Indian journal of veterinary science and animal husbandry - Volumes 28-29, 1958-1959
Year: 1958
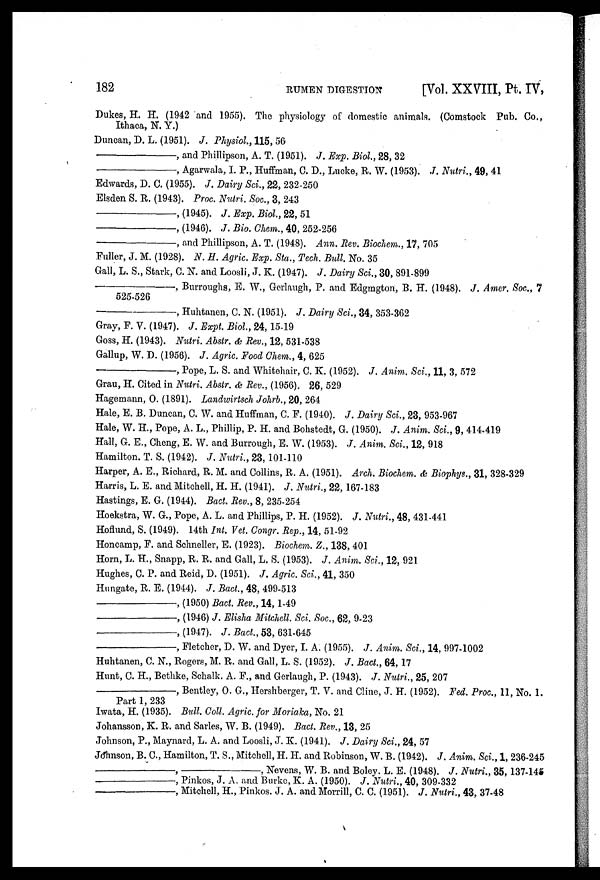
182
RUMEN DIGESTION
[Vol. XXVIII, Pt. IV,
Dukes, H. H. (1942 and 1955). The physiology of domestic animals. (Comstock Pub. Co.,
Ithaca, N. Y.)
Duncan, D. L. (1951). J. Physiol., 115, 56
—,
and Phillipson, A. T. (1951). J. Exp. Biol., 28, 32
—,
Agarwala, I. P., Huffman, C. D., Lucke, R. W. (1953). J. Nutri., 49, 41
Edwards, D. C. (1955). J. Dairy Sci., 22, 232-250
Elsden S. R. (1943). Proc. Nutri. Soc., 3, 243
—,
(1945). J. Exp. Biol., 22, 51
—,
(1946). J. Bio. Chem., 40, 252-256
—,
and Phillipson, A. T. (1948). Ann. Rev. Biochem., 17, 705
Fuller, J. M. (1928). N. H. Agric. Exp. Sta., Tech. Bull. No. 35
Gall, L. S., Stark, C. N. and Loosli, J. K. (1947). J. Dairy Sci., 30, 891-899
—,
Burroughs, E. W., Gerlaugh, P. and Edgmgton, B. H. (1948). J. Amer. Soc., 7
525-526
—,
Huhtanen, C. N. (1951). J. Dairy Sci., 34, 353-362
Gray, F. V. (1947). J. Expt. Biol., 24, 15-19
Goss, H. (1943). Nutri. Abstr. & Rev., 12, 531-538
Gallup, W. D. (1956). J. Agric. Food Chem., 4, 625
—,
Pope, L. S. and Whitehair, C. K. (1952). J. Anim. Sci., 11, 3, 572
Grau, H. Cited in Nutri. Abstr. & Rev., (1956). 26, 529
Hagemann, O. (1891). Landwirtsch Johrb., 20, 264
Hale, E. B. Duncan, C. W. and Huffman, C. F. (1940). J. Dairy Sci., 23, 953-967
Hale, W. H., Pope, A. L., Phillip, P. H. and Bohstedt, G. (1950). J. Anim. Sci., 9, 414.419
Hall, G. E., Cheng, E. W. and Burrough, E. W. (1953). J. Anim. Sci., 12, 918
Hamilton. T. S. (1942). J. Nutri., 23, 101-110
Harper, A. E., Richard, R. M. and Collins, R. A. (1951). Arch. Biochem. & Biophys., 31, 328-329
Harris, L. E. and Mitchell, H. H. (1941). J. Nutri., 22, 167-183
Hastings, E. G. (1944). Bact. Rev., 8, 235-254
Hoekstra, W. G., Pope, A. L. and Phillips, P. H. (1952). J. Nutri., 48, 431-441
Hoflund, S. (1949). 14th Int. Vet. Congr. Rep., 14, 51-92
Honcamp, F. and Schneller, E. (1923). Biochem. Z., 138, 401
Horn, L. H., Snapp, R. R. and Gall, L. S. (1953). J. Anim. Sci., 12, 921
Hughes, C. P. and Reid, D. (1951). J. Agric. Sci., 41, 350
Hungate, R. E. (1944). J. Bact., 48, 499-513
—,
(1950) Bact. Rev., 14, 1-49
—,
(1946) J. Elisha Mitchell. Sci. Soc., 62, 9-23
—,
(1947). J. Bact., 53, 631-645
—,
Fletcher, D. W. and Dyer, I. A. (1955). J. Anim. Sci., 14, 997-1002
Huhtanen, C. N., Rogers, M. R. and Gall, L. S. (1952). J. Bact., 64, 17
Hunt, C. H., Bethke, Schalk. A. F., and Gerlaugh, P. (1943). J. Nutri., 25, 207
—,
Bentley, O. G., Hershberger, T. V. and Cline, J. H. (1952). Fed. Proc, 11, No. 1.
Part 1, 233
Iwata, H. (1935). Bull. Coll. Agric. for Moriaka, No. 21
Johansson, K. R. and Sarles, W. B. (1949). Bact. Rev., 13, 25
Johnson, P., Maynard, L. A. and Loosli, J. K. (1941). J. Dairy Sci., 24, 57
Johnson, B. C, Hamilton, T. S., Mitchell, H. H. and Robinson, W. B. (1942). J. Anim. Sci., 1, 236-245
—,—,
Nevens, W. B. and Boley. L. E. (1948). J. Nutri., 35, 137-146
—,
Pinkos, J. A. and Burke, K. A. (1950). J. Nutri., 40, 309-332
—,
Mitchell, H., Pinkos. J. A. and Morrill, C. C. (1951). J. Nutri., 43, 37-48